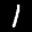
Label: 1